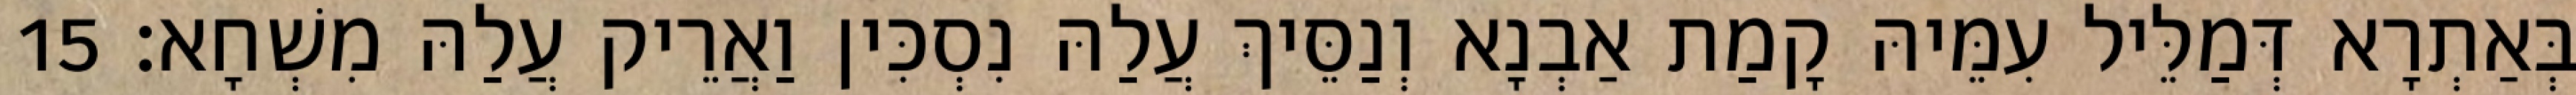
בְּאַתְרָא דְּמַלֵּיל עִמֵּיהּ קָמַת אַבְנָא וְנַסֵּיךְ עֲלַהּ נִסְכִּין וַאֲרֵיק עֲלַהּ מִשְׁחָא׃ 15